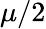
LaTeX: \mu/2